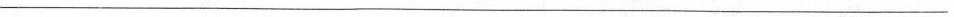
___